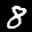
Label: 8